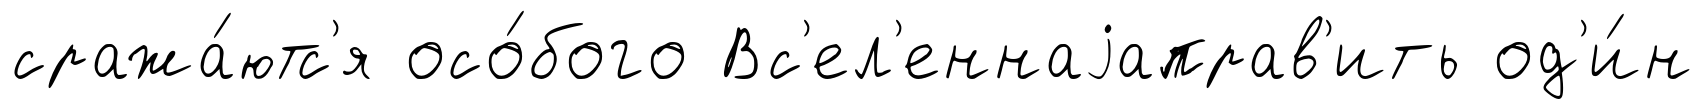
сража́ютс'я осо́бого Вс'ел'еннаjаправ'ить од'и́н